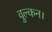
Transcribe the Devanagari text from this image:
वुल्कन।